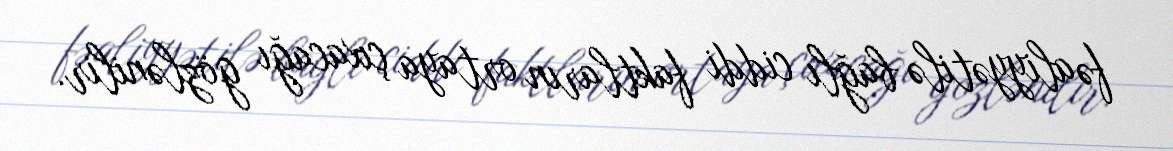
fəaliyyətilə bağlı ciddi faktların ortaya çıxacağı gözlənilir.